Annual report on the health of the army in India
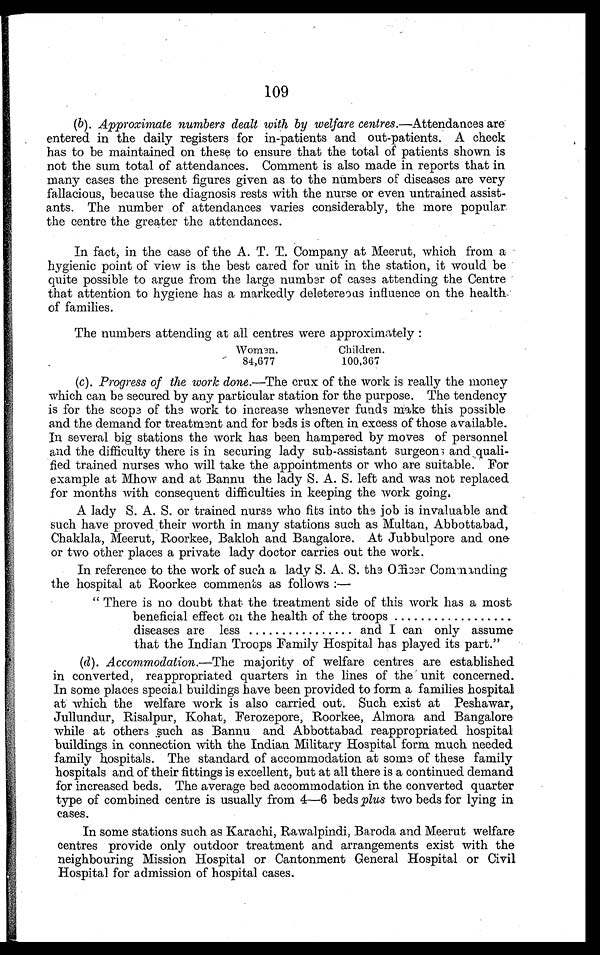
109
(b). Approximate numbers dealt with by welfare centres. —Attendances are
entered in the daily registers for in-patients and out-patients. A check
has to be maintained on these to ensure that the total of patients shown is
not the sum total of attendances. Comment is also made in reports that in
many cases the present figures given as to the numbers of diseases are very
fallacious, because the diagnosis rests with the nurse or even untrained assist-
ants. The number of attendances varies considerably, the more popular
the centre the greater the attendances.
In fact, in the case of the A. T. T. Company at Meerut, which from a
hygienic point of view is the best cared for unit in the station, it would be
quite possible to argue from the large number of cases attending the Centre
that attention to hygiene has a markedly deletereous influence on the health
of families.
The numbers attending at all centres were approximately :
Women.
Children.
84,677
100,367
(c). Progress of the work done. —The crux of the work is really the money
which can be secured by any particular station for the purpose. The tendency
is for the scope of the work to increase whenever funds make this possible
and the demand for treatment and for beds is often in excess of those available.
In several big stations the work has been hampered by moves of personnel
and the difficulty there is in securing lady sub-assistant surgeons and quali
fled trained nurses who will take the appointments or who are suitable. For
example at Mhow and at Bannu the lady S. A. S. left and was not replaced
for months with consequent difficulties in keeping the work going.
A lady S. A. S. or trained nurse who fits into the job is invaluable and
such have proved their worth in many stations such as Multan, Abbottabad,
Chaklala, Meerut, Roorkee, Bakloh and Bangalore. At Jubbulpore and one
or two other places a private lady doctor carries out the work.
In reference to the work of such a lady S. A. S. the Officer Commanding
the hospital at Roorkee comments as follows :
—
"There is no doubt that the treatment side of this work has a most
beneficial effect on the health of the troops
..................
diseases are less ................ and I can only assume
that the Indian Troops Family Hospital has played its part."
(d). Accommodation.—The majority of welfare centres are established
in converted, reappropriated quarters in the lines of the unit concerned.
In some places special buildings have been provided to form a families hospital
at which the welfare work is also carried out. Such exist at Peshawar,
Jullundur, Risalpur, Kohat, Ferozepore, Roorkee, Almora and Bangalore
while at others such as Bannu and Abbottabad reappropriated hospital
buildings in connection with the Indian Military Hospital form much needed
family hospitals. The standard of accommodation at some of these family
hospitals and of their fittings is excellent, but at all there is a continued demand
for increased beds. The average bed accommodation in the converted quarter
type of combined centre is usually from 4—6 beds plus two beds for lying in
cases.
In some stations such as Karachi, Rawalpindi, Baroda and Meerut welfare
centres provide only outdoor treatment and arrangements exist with the
neighbouring Mission Hospital or Cantonment General Hospital or Civil
Hospital for admission of hospital cases.